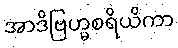
အာဒိဗြဟ္မစရိယိကာ